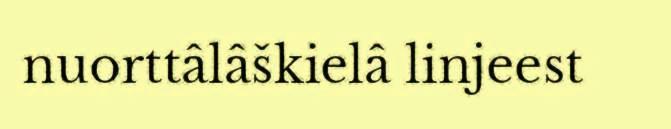
nuorttâlâškielâ linjeest